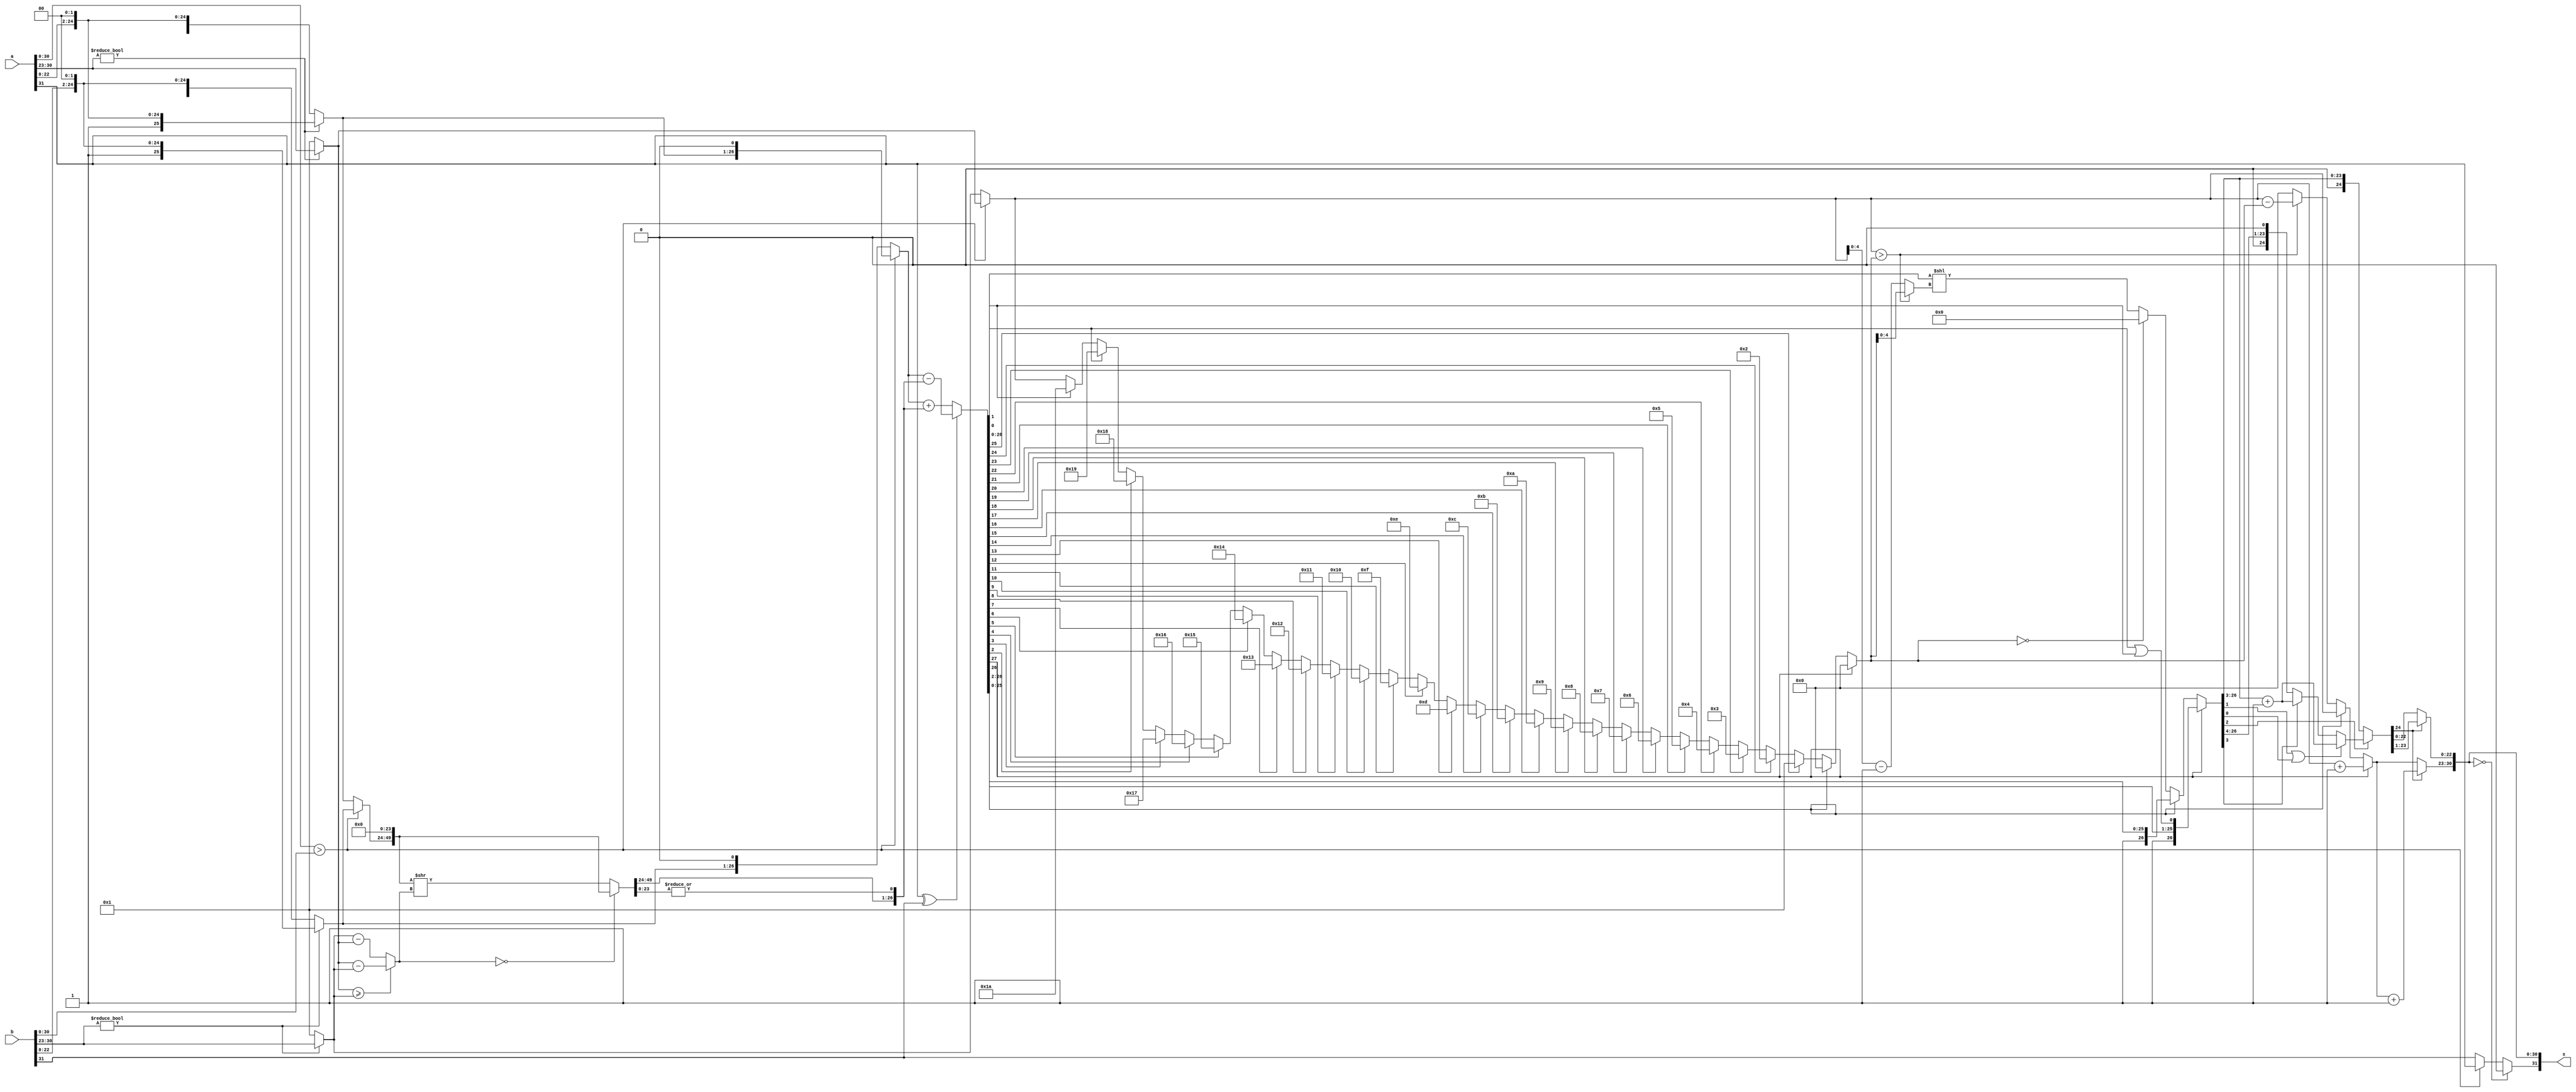
`timescale 1ns/1ns
module fp_adder(
//-----------------------Port directions and deceleration
   input [31:0] a, 
   input [31:0] b,
   output [31:0] s
    );

//----------------------1.reconstructing fraction, exponent, sign and hidden bit & 2.if E == 0 & 3.adding guard and round
wire [7:0] Exp_a, Exp_b;
wire [25:0] Frac_a, Frac_b;
wire sign_a, sign_b;

wire [7:0] ex1 ; 
wire [7:0] ex2 ; 
wire [25:0] f1;
wire [25:0] f2;
wire [7:0] ext ; 
wire [7:0] shift;
wire s1 ;
wire [26:0] adder_op1;
wire [26:0] adder_op2;
wire [28:0]ab_value;
wire [28:0] rounded;
wire [28:0] result;
wire [7:0]  ex_result;
wire [54:0] tempi ;
wire [54:0] tempi2 ; 
wire borrow ;
wire [28:0]b_adder;
wire add_sub ;
wire signt;
wire [28:0]norm;
wire [7:0]ex_norm;

assign ex1 = (a[30:23]!=0) ? a[30:23] : 1;
assign ex2 = (b[30:23]!=0) ? b[30:23] : 1;
assign f1 = (a[30:23]!=0) ? {1'b1,a[22:0],2'b00} : {1'b0,a[22:0],2'b00};
assign f2 = (b[30:23]!=0) ? {1'b1,b[22:0],2'b00} : {1'b0,b[22:0],2'b00};
assign shift = (ex1 >= ex2) ? ex1 - ex2 : ex2 - ex1;
assign borrow = (ex1>ex2 || (ex1==ex2 && f1>=f2)) ? 0 : 1 ; 
assign ext =(borrow) ? ex2 : ex1 ;
assign tempi = (borrow)? { 2'b00 , f1 , 27'b 0} : {2'b00 , f2, 27'b0};
assign tempi2 = tempi >> shift ; 
assign s1 = (tempi2[26:0]!=0) ? 1 : 0;
assign add_sub = ~(a[31] ^ b[31]) ;
assign adder_op1 = (borrow) ? {2'b00,f1>>shift,s1} : {2'b00,f2>>shift,s1} ;
assign adder_op2 = (borrow) ? {2'b00,f2,1'b0} : {2'b00,f1,1'b0} ;
assign b_adder = (add_sub) ? adder_op1 + adder_op2 : adder_op2 - adder_op1 ;  
assign ab_value = (b_adder[28]) ? ~b_adder+1 : b_adder ;
normalize m1 (ext,ab_value,norm,ex_norm);


assign Exp_a = (a[30:23]!=0) ? a[30:23] : 1;
assign Exp_b = (b[30:23]!=0) ? b[30:23] : 1;
assign Frac_a = (a[30:23]!=0) ? {1'b1,a[22:0],2'b00} : {1'b0,a[22:0],2'b00};
assign Frac_b = (b[30:23]!=0) ? {1'b1,b[22:0],2'b00} : {1'b0,b[22:0],2'b00};
assign sign_a = a[31];
assign sign_b = b[31];

//---------------------4.determining bigger number
wire [26:0] maxF;
wire [25:0] temp_minF;
wire [7:0] maxE, minE;
wire maxS, minS;
wire [7:0] shift_1;

assign maxF = (a[30:0] > b[30:0])? {Frac_a,1'b0}: {Frac_b,1'b0};
assign maxE = (a[30:0] > b[30:0])? Exp_a: Exp_b;
assign maxS = (a[30:0] > b[30:0])? sign_a: sign_b;
assign temp_minF = (a[30:0] > b[30:0])? Frac_b: Frac_a;
assign minE = (a[30:0] > b[30:0])? Exp_b: Exp_a;
assign minS = (a[30:0] > b[30:0])? sign_b: sign_a;
assign shift_1 = (Exp_a >= Exp_b) ? Exp_a - Exp_b : Exp_b - Exp_a;

//---------------------5.sticky
wire [49:0] temp;
wire sticky;
wire [26:0] minF;

assign temp = (shift_1 == 0)? {temp_minF,24'b0}: ({temp_minF,24'b0} >> shift_1); 
assign sticky = |(temp[23:0]);
assign minF = {temp[49:24], sticky};
//--------------------6,7.add or subtract
wire addnsub;
wire [27:0] adder_output;

assign addnsub = sign_a ^ sign_b;
assign adder_output = (addnsub)? maxF - minF: maxF + minF;

//--------------------8.normalaizing

wire [7:0] temp_shift_2;
wire [4:0]shift_2;
wire [7:0] temp_exp_out_1;
wire [26:0] temp_frac_out_1;

assign temp_shift_2 = (adder_output[27]!=0)? 0:
		   (adder_output[26]!=0)? 0:
		   (adder_output[25]!=0)? 1:
		   (adder_output[24]!=0)? 2:
		   (adder_output[23]!=0)? 3:
		   (adder_output[22]!=0)? 4:
		   (adder_output[21]!=0)? 5:
		   (adder_output[20]!=0)? 6:
		   (adder_output[19]!=0)? 7:
		   (adder_output[18]!=0)? 8:
		   (adder_output[17]!=0)? 9:
		   (adder_output[16]!=0)? 10:
		   (adder_output[15]!=0)? 11:
		   (adder_output[14]!=0)? 12:
		   (adder_output[13]!=0)? 13:
		   (adder_output[12]!=0)? 14:
		   (adder_output[11]!=0)? 15:
		   (adder_output[10]!=0)? 16:
		   (adder_output[9]!=0)? 17:
		   (adder_output[8]!=0)? 18:
		   (adder_output[7]!=0)? 19:
		   (adder_output[6]!=0)? 20:
		   (adder_output[5]!=0)? 21:
		   (adder_output[4]!=0)? 22:
		   (adder_output[3]!=0)? 23:
		   (adder_output[2]!=0)? 24:
		   (adder_output[1]!=0)? 25:
		   (adder_output[0]!=0)? 26: maxE;

assign temp_exp_out_1 = (adder_output[27]!=0)? maxE + 1'b1:
                        (adder_output[26]!=0)? maxE:
                        (maxE > temp_shift_2)? maxE - temp_shift_2: 0;

assign shift_2 = (maxE > temp_shift_2)? temp_shift_2: maxE - 1'b1;

assign temp_frac_out_1 = (adder_output[27])? {adder_output[27:2],(adder_output[1] | adder_output[0])}:
                         (adder_output[26])? adder_output[26:0]:
	                 (temp_shift_2 == 0)? 0: adder_output[26:0] << shift_2;

//------------------10.rounding
wire [24:0] temp_frac_out_2;

assign temp_frac_out_2 = (temp_frac_out_1[2] == 0)? temp_frac_out_1[26:3]:
                         (temp_frac_out_1[1] | temp_frac_out_1[0])? temp_frac_out_1[26:3] + 1'b1:
                         (temp_frac_out_1[3] == 0)? temp_frac_out_1[26:3]: temp_frac_out_1[26:3] + 1'b1;
//------------------11.normalaizing
wire [7:0] exp_out;
wire [22:0] frac_out;
wire sign_out;

assign exp_out = (temp_frac_out_2[24])? temp_exp_out_1 + 1'b1: temp_exp_out_1;
assign frac_out = (temp_frac_out_2[24])? temp_frac_out_2[23:1]: temp_frac_out_2[22:0];
assign sign_out = ({exp_out,frac_out} == 0)? 0: maxS;
//------------------------

assign s = {sign_out, exp_out, frac_out};

endmodule

module normalize(input[7:0]ext,input[28:0]ab_value,output [28:0]result,output [7:0]ex_norm);
assign ex_norm = (ab_value[28]) ? ext+2 : 
(ab_value[27]) ? ext+1 :
 (ab_value[26]) ? ext+0 :  
 (ab_value[25]) ? (ext>=1) ? ext-1 
 : 0 : (ab_value[24]) ? (ext>=2) ? ext-2 
 : 0 : (ab_value[23]) ? (ext>=3) ? ext-3 
 : 0 : (ab_value[22]) ? (ext>=4) ? ext-4
 : 0 : (ab_value[21]) ? (ext>=5) ? ext-5 
 : 0 : (ab_value[20]) ? (ext>=6) ? ext-6 
 : 0 : (ab_value[19]) ? (ext>=7) ? ext-7 
 : 0 : (ab_value[18]) ? (ext>=8) ? ext-8 
 : 0 : (ab_value[17]) ? (ext>=9) ? ext-9 
 : 0 : (ab_value[16]) ? (ext>=10) ? ext-10
 : 0 : (ab_value[15]) ? (ext>=11) ? ext-11
 : 0 : (ab_value[14]) ? (ext>=12) ? ext-12
 : 0 : (ab_value[13]) ? (ext>=13) ? ext-13
 : 0 : (ab_value[12]) ? (ext>=14) ? ext-14
 : 0 : (ab_value[11]) ? (ext>=15) ? ext-15
 : 0 : (ab_value[10]) ? (ext>=16) ? ext-16
 : 0 : (ab_value[9]) ? (ext>=17) ? ext-17
 : 0 : (ab_value[8]) ? (ext>=18) ? ext-18
 : 0 : (ab_value[7]) ? (ext>=19) ? ext-19
 : 0 : (ab_value[6]) ? (ext>=20) ? ext-20
 : 0 : (ab_value[5]) ? (ext>=21) ? ext-21
 : 0 : (ab_value[4]) ? (ext>=22) ? ext-22
 : 0 : (ab_value[3]) ? (ext>=23) ? ext-23 : 0 : 0;
assign result = (ab_value[28]) ? ab_value>>2 
: (ab_value[27]) ? ab_value>>1 
: (ab_value[26]) ? ab_value 
:  (ab_value[25]) ? ab_value<<1 
: (ab_value[24]) ? ab_value<<2 
: (ab_value[23]) ? ab_value<<3 
: (ab_value[22]) ? ab_value<<4 
: (ab_value[21]) ? ab_value<<5 
: (ab_value[20]) ? ab_value<<6 
: (ab_value[19]) ? ab_value<<7 
: (ab_value[18]) ? ab_value<<8 
: (ab_value[17]) ? ab_value<<9 
: (ab_value[16]) ? ab_value<<10 
: (ab_value[15]) ? ab_value<<11 
: (ab_value[14]) ? ab_value<<12 
: (ab_value[13]) ? ab_value<<13 
: (ab_value[12]) ? ab_value<<14 
: (ab_value[11]) ? ab_value<<15 
: (ab_value[10]) ? ab_value<<16 
: (ab_value[9]) ? ab_value<<17 
: (ab_value[8]) ? ab_value<<18 
: (ab_value[7]) ? ab_value<<19 
: (ab_value[6]) ? ab_value<<20 
: (ab_value[5]) ? ab_value<<21
 : (ab_value[4]) ? ab_value<<22
 : (ab_value[3]) ? ab_value<<23 : 0;
endmodule


module shifter(input[26:0] a,input [5:0]b ,output sticky_bit,output [26:0] result
    );
		
assign result[26:0] = a>>b[5:0];

assign sticky_bit =   							( b == 1 ) ? a[0] :
 							( b == 2 ) ? a[0]|a[1] :
 							( b == 3 ) ? a[0]|a[1]|a[2] :
 							( b == 4 ) ? a[0]|a[1]|a[2]|a[3] :
 							( b == 5 ) ? a[0]|a[1]|a[2]|a[3]|a[4]:
 							( b == 6 ) ? a[0]|a[1]|a[2]|a[3]|a[4]|a[5] :
 							( b == 7 ) ? a[0]|a[1]|a[2]|a[3]|a[4]|a[5]|a[6] :
 							( b == 8 ) ? a[0]|a[1]|a[2]|a[3]|a[4]|a[5]|a[6]|a[7] :
 							( b == 9 ) ? a[0]|a[1]|a[2]|a[3]|a[4]|a[5]|a[6]|a[7]|a[8] :
 							( b == 10) ? a[0]|a[1]|a[2]|a[3]|a[4]|a[5]|a[6]|a[7]|a[8]|a[9] :
 							( b == 11) ? a[0]|a[1]|a[2]|a[3]|a[4]|a[5]|a[6]|a[7]|a[8]|a[9]|a[10] :
 							( b == 12 )? a[0]|a[1]|a[2]|a[3]|a[4]|a[5]|a[6]|a[7]|a[8]|a[9]|a[10]|a[11] :
 							( b == 13 )? a[0]|a[1]|a[2]|a[3]|a[4]|a[5]|a[6]|a[7]|a[8]|a[9]|a[10]|a[11]|a[12] :
 							( b == 14 )? a[0]|a[1]|a[2]|a[3]|a[4]|a[5]|a[6]|a[7]|a[8]|a[9]|a[10]|a[11]|a[12]|a[13] :
 							( b == 15 )? a[0]|a[1]|a[2]|a[3]|a[4]|a[5]|a[6]|a[7]|a[8]|a[9]|a[10]|a[11]|a[12]|a[13]|a[14] :
 							( b == 16 )? a[0]|a[1]|a[2]|a[3]|a[4]|a[5]|a[6]|a[7]|a[8]|a[9]|a[10]|a[11]|a[12]|a[13]|a[14]|a[15] :
 							( b == 17 )? a[0]|a[1]|a[2]|a[3]|a[4]|a[5]|a[6]|a[7]|a[8]|a[9]|a[10]|a[11]|a[12]|a[13]|a[14]|a[15]|a[16] :
 							( b == 18 )? a[0]|a[1]|a[2]|a[3]|a[4]|a[5]|a[6]|a[7]|a[8]|a[9]|a[10]|a[11]|a[12]|a[13]|a[14]|a[15]|a[16]|a[17] :
 							( b == 19 )? a[0]|a[1]|a[2]|a[3]|a[4]|a[5]|a[6]|a[7]|a[8]|a[9]|a[10]|a[11]|a[12]|a[13]|a[14]|a[15]|a[16]|a[17]|a[18] :
 							( b == 20 )? a[0]|a[1]|a[2]|a[3]|a[4]|a[5]|a[6]|a[7]|a[8]|a[9]|a[10]|a[11]|a[12]|a[13]|a[14]|a[15]|a[16]|a[17]|a[18]|a[19] :
 							( b == 21 )? a[0]|a[1]|a[2]|a[3]|a[4]|a[5]|a[6]|a[7]|a[8]|a[9]|a[10]|a[11]|a[12]|a[13]|a[14]|a[15]|a[16]|a[17]|a[18]|a[19]|a[20] :
 							( b == 22 )? a[0]|a[1]|a[2]|a[3]|a[4]|a[5]|a[6]|a[7]|a[8]|a[9]|a[10]|a[11]|a[12]|a[13]|a[14]|a[15]|a[16]|a[17]|a[18]|a[19]|a[20]|a[21] :
 							( b == 23 )? a[0]|a[1]|a[2]|a[3]|a[4]|a[5]|a[6]|a[7]|a[8]|a[9]|a[10]|a[11]|a[12]|a[13]|a[14]|a[15]|a[16]|a[17]|a[18]|a[19]|a[20]|a[21]|a[22] :
 							( b == 24 )? a[0]|a[1]|a[2]|a[3]|a[4]|a[5]|a[6]|a[7]|a[8]|a[9]|a[10]|a[11]|a[12]|a[13]|a[14]|a[15]|a[16]|a[17]|a[18]|a[19]|a[20]|a[21]|a[22]|a[23] :
 							( b == 25 )? a[0]|a[1]|a[2]|a[3]|a[4]|a[5]|a[6]|a[7]|a[8]|a[9]|a[10]|a[11]|a[12]|a[13]|a[14]|a[15]|a[16]|a[17]|a[18]|a[19]|a[20]|a[21]|a[22]|a[23]|a[24] :
 							( b == 26 )? a[0]|a[1]|a[2]|a[3]|a[4]|a[5]|a[6]|a[7]|a[8]|a[9]|a[10]|a[11]|a[12]|a[13]|a[14]|a[15]|a[16]|a[17]|a[18]|a[19]|a[20]|a[21]|a[22]|a[23]|a[24]|a[25] :
 							( b == 27 )? a[0]|a[1]|a[2]|a[3]|a[4]|a[5]|a[6]|a[7]|a[8]|a[9]|a[10]|a[11]|a[12]|a[13]|a[14]|a[15]|a[16]|a[17]|a[18]|a[19]|a[20]|a[21]|a[22]|a[23]|a[24]|a[25]|a[26] :
 							( b == 28 )? a[0]|a[1]|a[2]|a[3]|a[4]|a[5]|a[6]|a[7]|a[8]|a[9]|a[10]|a[11]|a[12]|a[13]|a[14]|a[15]|a[16]|a[17]|a[18]|a[19]|a[20]|a[21]|a[22]|a[23]|a[24]|a[25]|a[26] :
 							( b == 29 )? a[0]|a[1]|a[2]|a[3]|a[4]|a[5]|a[6]|a[7]|a[8]|a[9]|a[10]|a[11]|a[12]|a[13]|a[14]|a[15]|a[16]|a[17]|a[18]|a[19]|a[20]|a[21]|a[22]|a[23]|a[24]|a[25]|a[26] :
 							( b == 30 )? a[0]|a[1]|a[2]|a[3]|a[4]|a[5]|a[6]|a[7]|a[8]|a[9]|a[10]|a[11]|a[12]|a[13]|a[14]|a[15]|a[16]|a[17]|a[18]|a[19]|a[20]|a[21]|a[22]|a[23]|a[24]|a[25]|a[26] :
 							( b == 31 )? a[0]|a[1]|a[2]|a[3]|a[4]|a[5]|a[6]|a[7]|a[8]|a[9]|a[10]|a[11]|a[12]|a[13]|a[14]|a[15]|a[16]|a[17]|a[18]|a[19]|a[20]|a[21]|a[22]|a[23]|a[24]|a[25]|a[26] :
 							( b == 32 )? a[0]|a[1]|a[2]|a[3]|a[4]|a[5]|a[6]|a[7]|a[8]|a[9]|a[10]|a[11]|a[12]|a[13]|a[14]|a[15]|a[16]|a[17]|a[18]|a[19]|a[20]|a[21]|a[22]|a[23]|a[24]|a[25]|a[26] : 0;
 								
endmodule


module secureAdd(input[27:0] a,input[27:0] b,output[28:0] result,output [4:0] position
    );
wire [28:0] raw_result;
wire [28:0] raw_result_2;

wire [27:0] comp_a;
wire [27:0] comp_b;

	 // sign extending ...
	 
assign comp_a[27:0] = ( a[27] == 1 ) ? (~{1'b0,a[26:0]})+1'b1 : a[27:0];
assign comp_b[27:0] = ( b[27] == 1 ) ? (~{1'b0,b[26:0]})+1'b1 : b[27:0];

assign raw_result[28:0] = {comp_a[27],comp_a[27:0]} + {comp_b[27],comp_b[27:0]};

assign raw_result_2[28:0] = ( raw_result[28] == 1 ) ? {1'b1,~raw_result[27:0]+1'b1} : raw_result[28:0] ;

assign result[28:0] = {raw_result_2[28],{raw_result_2[27:0] << 5'b11011 - position[4:0]}};

assign position[4:0] =(raw_result_2[27] == 1)? 5'b11011:
							(raw_result_2[26] == 1) ? 5'b11010:
							(raw_result_2[25] == 1) ? 5'b11001:
							(raw_result_2[24] == 1) ?	5'b11000:
							(raw_result_2[23] == 1) ? 5'b10111:
							(raw_result_2[22] == 1) ? 5'b10110:
							(raw_result_2[21] == 1) ? 5'b10101:
							(raw_result_2[20] == 1) ? 5'b10100:
							(raw_result_2[19] == 1) ? 5'b10011:
							(raw_result_2[18] == 1) ? 5'b10010:
							(raw_result_2[17] == 1) ? 5'b10001:
							(raw_result_2[16] == 1) ? 5'b10000:
							(raw_result_2[15] == 1) ? 5'b01111:
							(raw_result_2[14] == 1) ? 5'b01110:
							(raw_result_2[13] == 1) ? 5'b01101:
							(raw_result_2[12] == 1) ? 5'b01100:
							(raw_result_2[11] == 1) ? 5'b01011:
							(raw_result_2[10] == 1) ? 5'b01010:
							(raw_result_2[9] == 1)  ? 5'b01001:	
							(raw_result_2[8] == 1) ? 5'b01000:
							(raw_result_2[7] == 1) ?5'b00111:
							(raw_result_2[6] == 1) ?5'b00110:
							(raw_result_2[5] == 1) ?5'b00101:
							(raw_result_2[4] == 1) ?5'b00100:
							(raw_result_2[3] == 1) ?5'b00011:
							(raw_result_2[2] == 1) ?5'b00010:
							(raw_result_2[1] == 1) ?5'b00001:
							(raw_result_2[0] == 1) ?5'b00000: 5'b00000;

endmodule